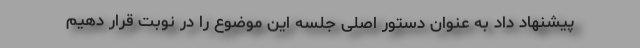
پیشنهاد داد به عنوان دستور اصلی جلسه این موضوع را در نوبت قرار دهیم